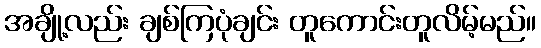
အချို့လည်း ချစ်ကြပုံချင်း တူကောင်းတူလိမ့်မည်။